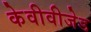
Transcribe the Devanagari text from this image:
केवीवीजेड